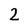
Character: 2